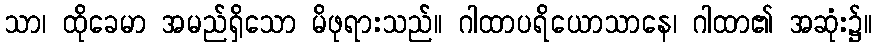
သာ၊ ထိုခေမာ အမည်ရှိသော မိဖုရားသည်။ ဂါထာပရိယောသာနေ၊ ဂါထာ၏ အဆုံး၌။